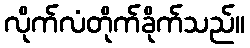
လိုက်လံတိုက်ခိုက်သည်။